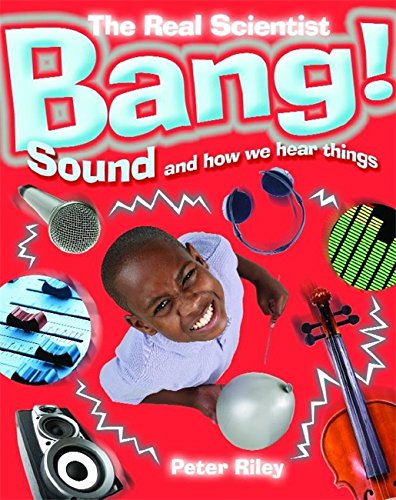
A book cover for Bang: Sound and How We Hear Things (The Real Scientist); Peter Riley; Children's Books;